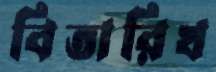
বিতারিখ